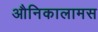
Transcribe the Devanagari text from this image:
औनिकालामस